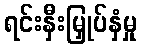
ရင်းနှီးမြှုပ်နှံမှု